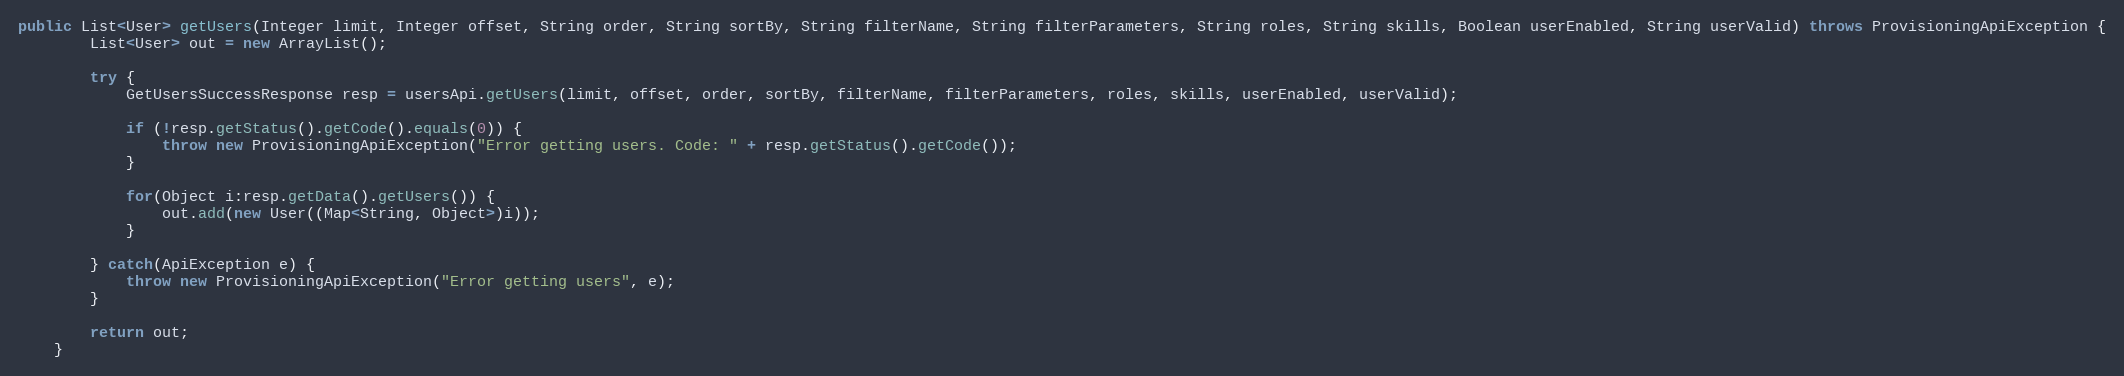
Language: Java
public List<User> getUsers(Integer limit, Integer offset, String order, String sortBy, String filterName, String filterParameters, String roles, String skills, Boolean userEnabled, String userValid) throws ProvisioningApiException {
		List<User> out = new ArrayList();

		try {
			GetUsersSuccessResponse resp = usersApi.getUsers(limit, offset, order, sortBy, filterName, filterParameters, roles, skills, userEnabled, userValid);

			if (!resp.getStatus().getCode().equals(0)) {
				throw new ProvisioningApiException("Error getting users. Code: " + resp.getStatus().getCode());
			}

			for(Object i:resp.getData().getUsers()) {
				out.add(new User((Map<String, Object>)i));
			}

        } catch(ApiException e) {
        	throw new ProvisioningApiException("Error getting users", e);
        }

        return out;
	}